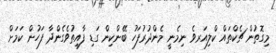
މިގޮތުން ޗެކްތައް ކްލިއަރވެ ނިމެނީ މެންދުރުފަހު ބޭންކިން ގަޑި ފާއިތުވެގެންދާ ފަހުން ކަމަށް